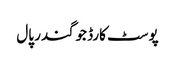
پوسٹ کارڈ جوگندر پال